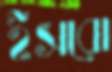
ইসরো